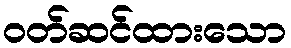
ဝတ်ဆင်ထားသော